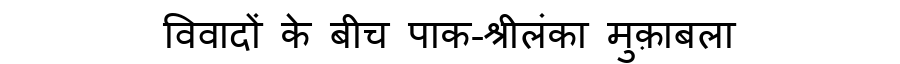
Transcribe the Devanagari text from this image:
विवादों के बीच पाक-श्रीलंका मुक़ाबला